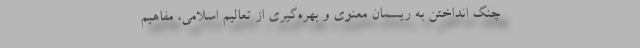
چنگ انداختن به ریسمان معنوی و بهره‌گیری از تعالیم اسلامی، مفاهیم